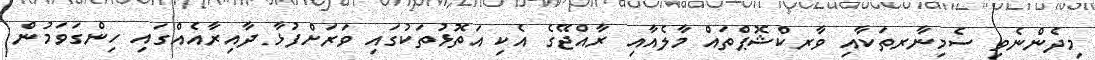
މިދެންނެވި ސެމިނާރތަކާއި ވާރކްޝޮޕްތައް މާލެއާއި ރާއްޖޭގެ އެކި އަތޮޅުތަކުގައި ވަރަށްފުޅާ ދާއިރާއެއްގައި ހިންގަވަމުން